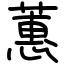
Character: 蕙